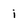
Character: i